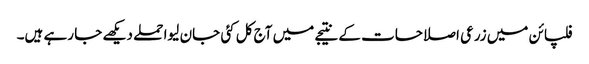
فلپائن میں زرعی اصلاحات کے نتیجے میں آج کل کئی جان لیوا حملے دیکھے جا رہے ہیں۔